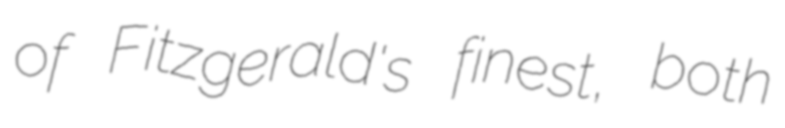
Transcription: of Fitzgerald's finest, both